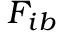
F _ { i b }